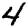
Digit: 4